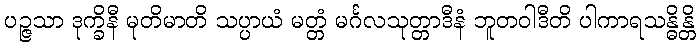
ပဉ္ဇသာ ဒုက္ခိနီ မုတိမာတိ သပ္ပာယံ မတ္တံ မင်္ဂလသုတ္တာဒီနံ ဘူတဝါဒီတိ ပါကာရသန္ဓိန္တိ